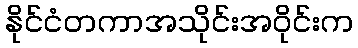
နိုင်ငံတကာအသိုင်းအဝိုင်းက